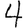
Digit: 4